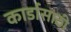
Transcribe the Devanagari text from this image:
कार्डासाठी